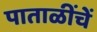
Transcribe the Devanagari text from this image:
पाताळींचें